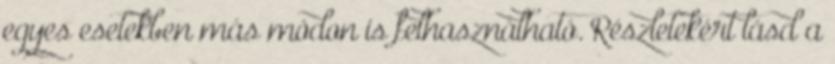
egyes esetekben más módon is felhasználható. Részletekért lásd a